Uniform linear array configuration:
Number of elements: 12
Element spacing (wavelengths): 0.75
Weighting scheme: uniform
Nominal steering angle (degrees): -30
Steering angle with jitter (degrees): -30.429
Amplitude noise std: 0.05
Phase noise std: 0.05

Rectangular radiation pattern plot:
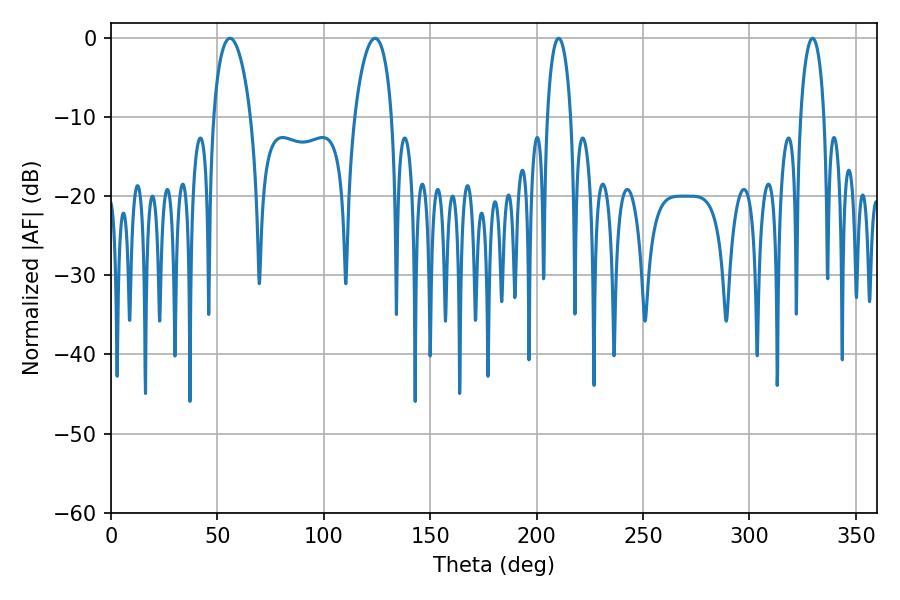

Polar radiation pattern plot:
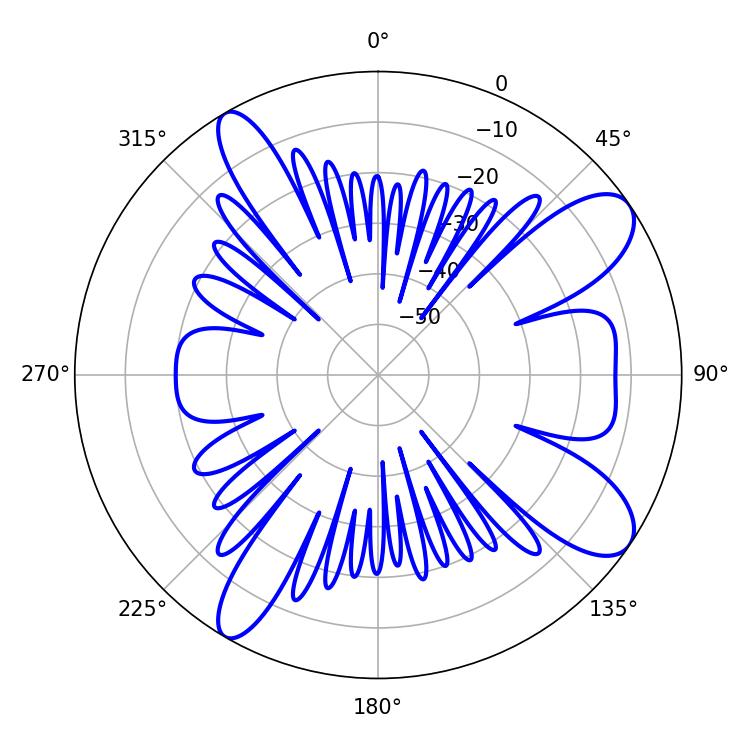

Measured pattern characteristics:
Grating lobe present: TRUE
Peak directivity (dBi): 9.91
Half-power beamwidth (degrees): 9.9
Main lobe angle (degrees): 55.98